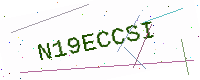
Text: N19ECCSI